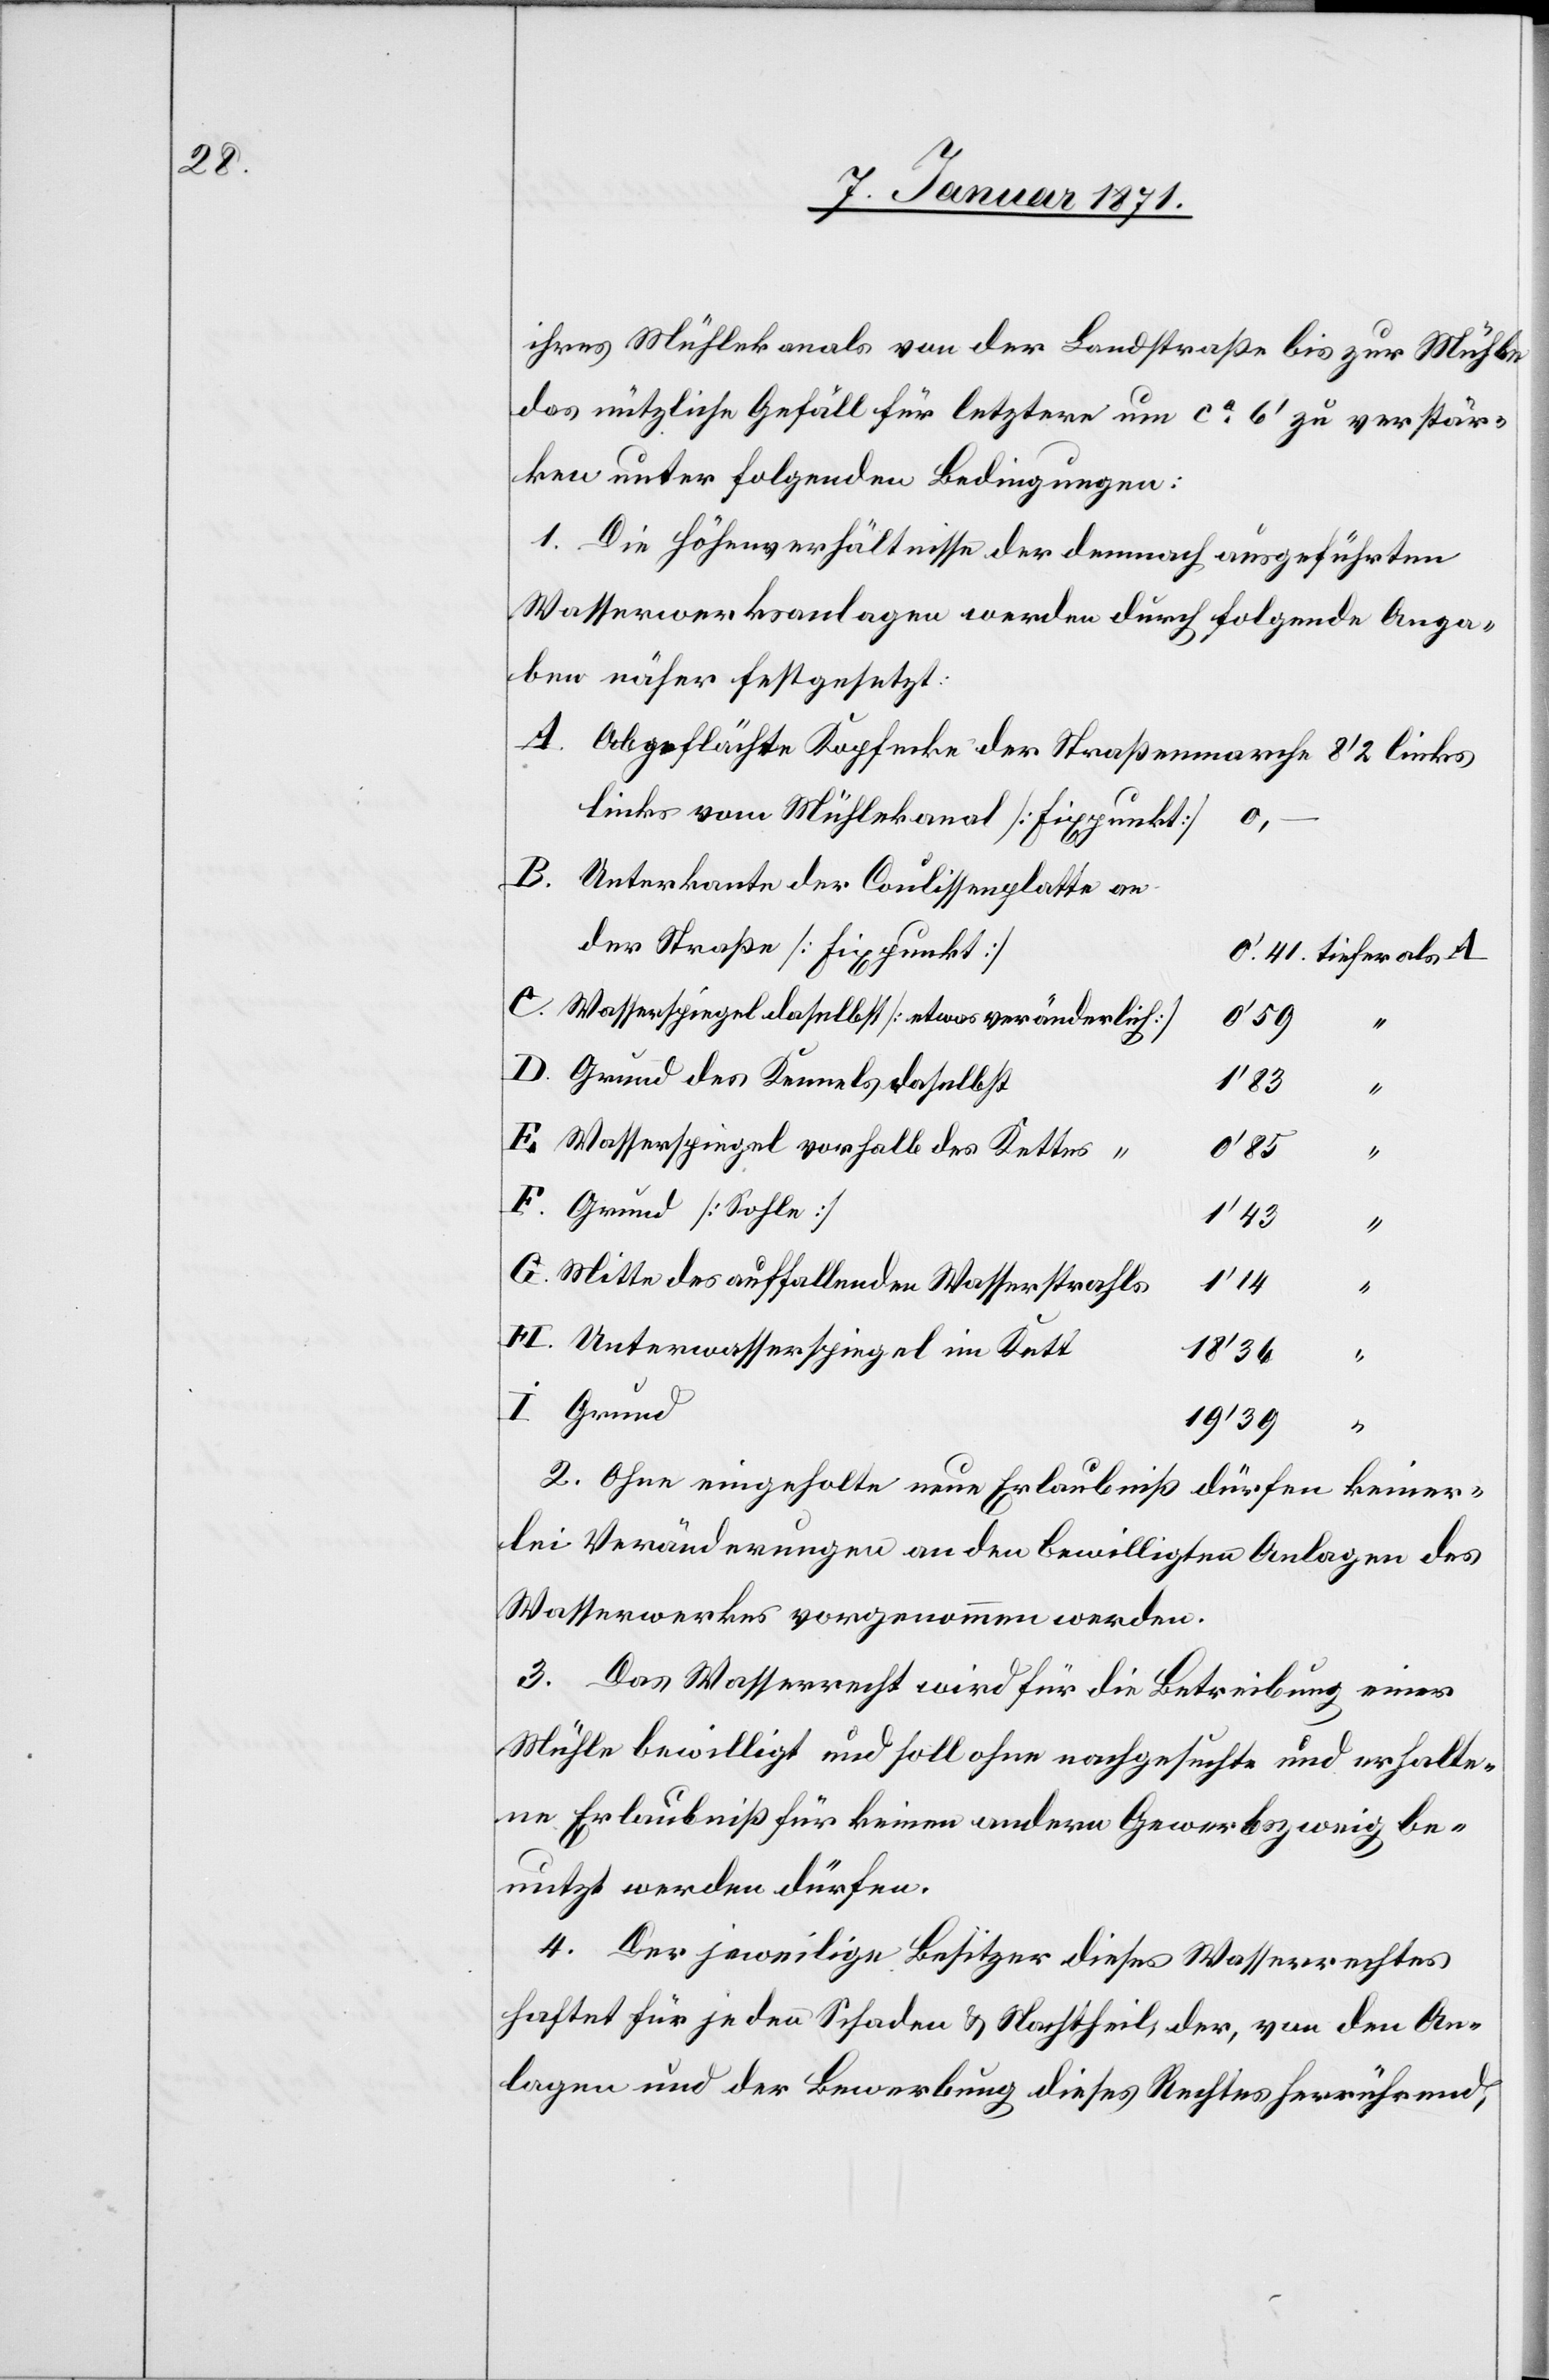
ihres Mühlekanals von der Landstraße bis zur Mühle
das nützliche Gefäll für letztere um ca 6’ zu verstär¬
ken unter folgenden Bedingungen:
1. Die Höhenverhältnisse der demnach ausgeführten
Wasserwerksanlagen werden durch folgende Anga¬
ben näher festgesetzt:
Abgeflächte Kopfecke der Straßenmarche
links vom Mühlekanal [Fixpunkt]
C.
Unterkante der Coulissenplatte an
der Straße [Fixpunkt]
Wasserspiegel daselbst [etwas veränderlich]
0’59
Grund des Kennels daselbst
1’83
E.
Wasserspiegel vorhalb des Kettes “
0’85
“
Grund [Sohle]
1’43
Mitte des auffallenden Wasserstrahls
1’14
H.
Unterwasserspiegel im Kett
18’36
I.
19’39
2. Ohne eingeholte neue Erlaubniß dürfen keiner¬
lei Veränderungen an den bewilligten Anlagen des
Wasserwerkes vorgenommen werden.
3. Das Wasserrecht wird für die Betreibung einer
Mühle bewilligt und soll ohne nachgesuchte und erhalte¬
ne Erlaubniß für keinen andern Gewerbszweig be¬
nutzt werden dürfen.
4. Der jeweilige Besitzer dieses Wasserrechtes
haftet für jeden Schaden u, Nachttheil der, von den An¬
lagen und der Bewerbung dieses Rechtes herrührend,